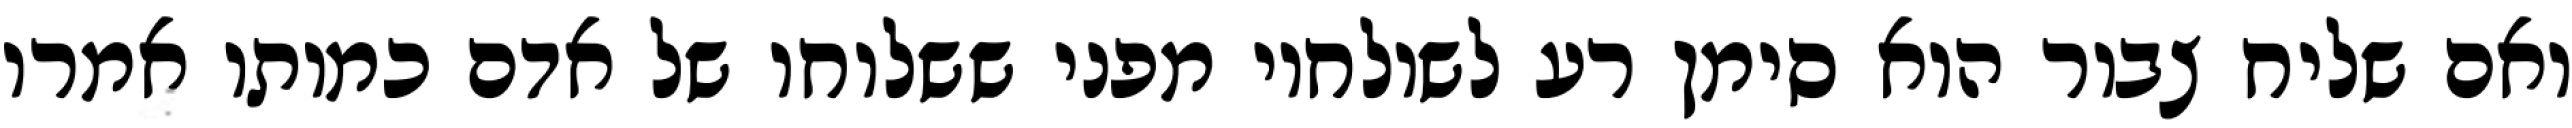
ואם שליח צבור הוא סימן רע לשולחיו מפני ששלוחו של אדם כמותו אמרו